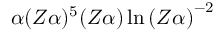
\alpha ( Z \alpha ) ^ { 5 } ( Z \alpha ) \ln { ( Z \alpha ) } ^ { - 2 }